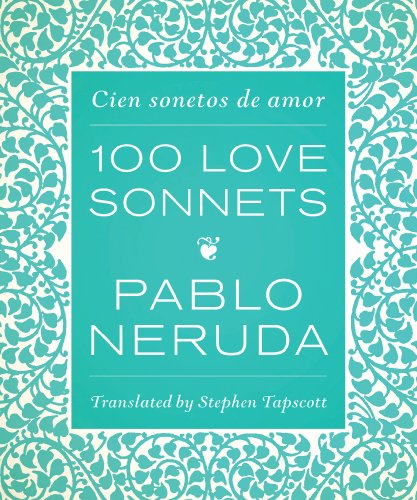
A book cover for One Hundred Love Sonnets: Cien sonetos de amor (English and Spanish Edition); Pablo Neruda; Literature & Fiction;